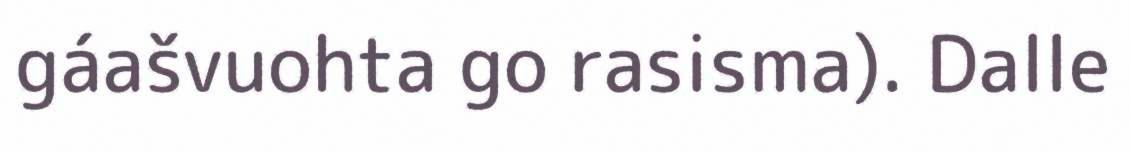
gáašvuohta go rasisma). Dalle